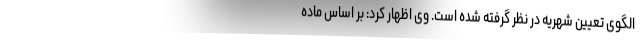
الگوی تعیین شهریه در نظر گرفته شده است. وی اظهار کرد: بر اساس ماده